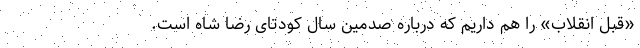
«قبلِ انقلاب» را هم داریم که درباره صدمین سال کودتای رضا شاه است.